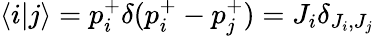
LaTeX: \langle i|j\rangle=p_{i}^{+}\delta(p_{i}^{+}-p_{j}^{+})=J_{i}\delta_{J_{i},J_{j}}